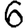
Digit: 6